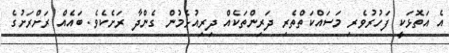
އެ އަތޮޅަކީ ފަހުރުވެރި މަސައްކަތްތެރި ދަރިންތަކެއް ދިރިއުޅެމުން ގެންދާ ރަށެކެވެ. ބައެއް ރަށްރަށުގެ